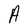
Character: A